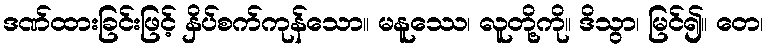
ဒဏ်ထားခြင်းဖြင့် နှိပ်စက်ကုန်သော။ မနူဿေ၊ လူတို့ကို။ ဒိသွာ၊ မြင်၍။ တေ၊